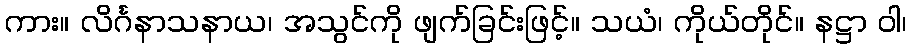
ကား။ လိင်္ဂနာသနာယ၊ အသွင်ကို ဖျက်ခြင်းဖြင့်။ သယံ၊ ကိုယ်တိုင်။ နဋ္ဌာ ဝါ၊